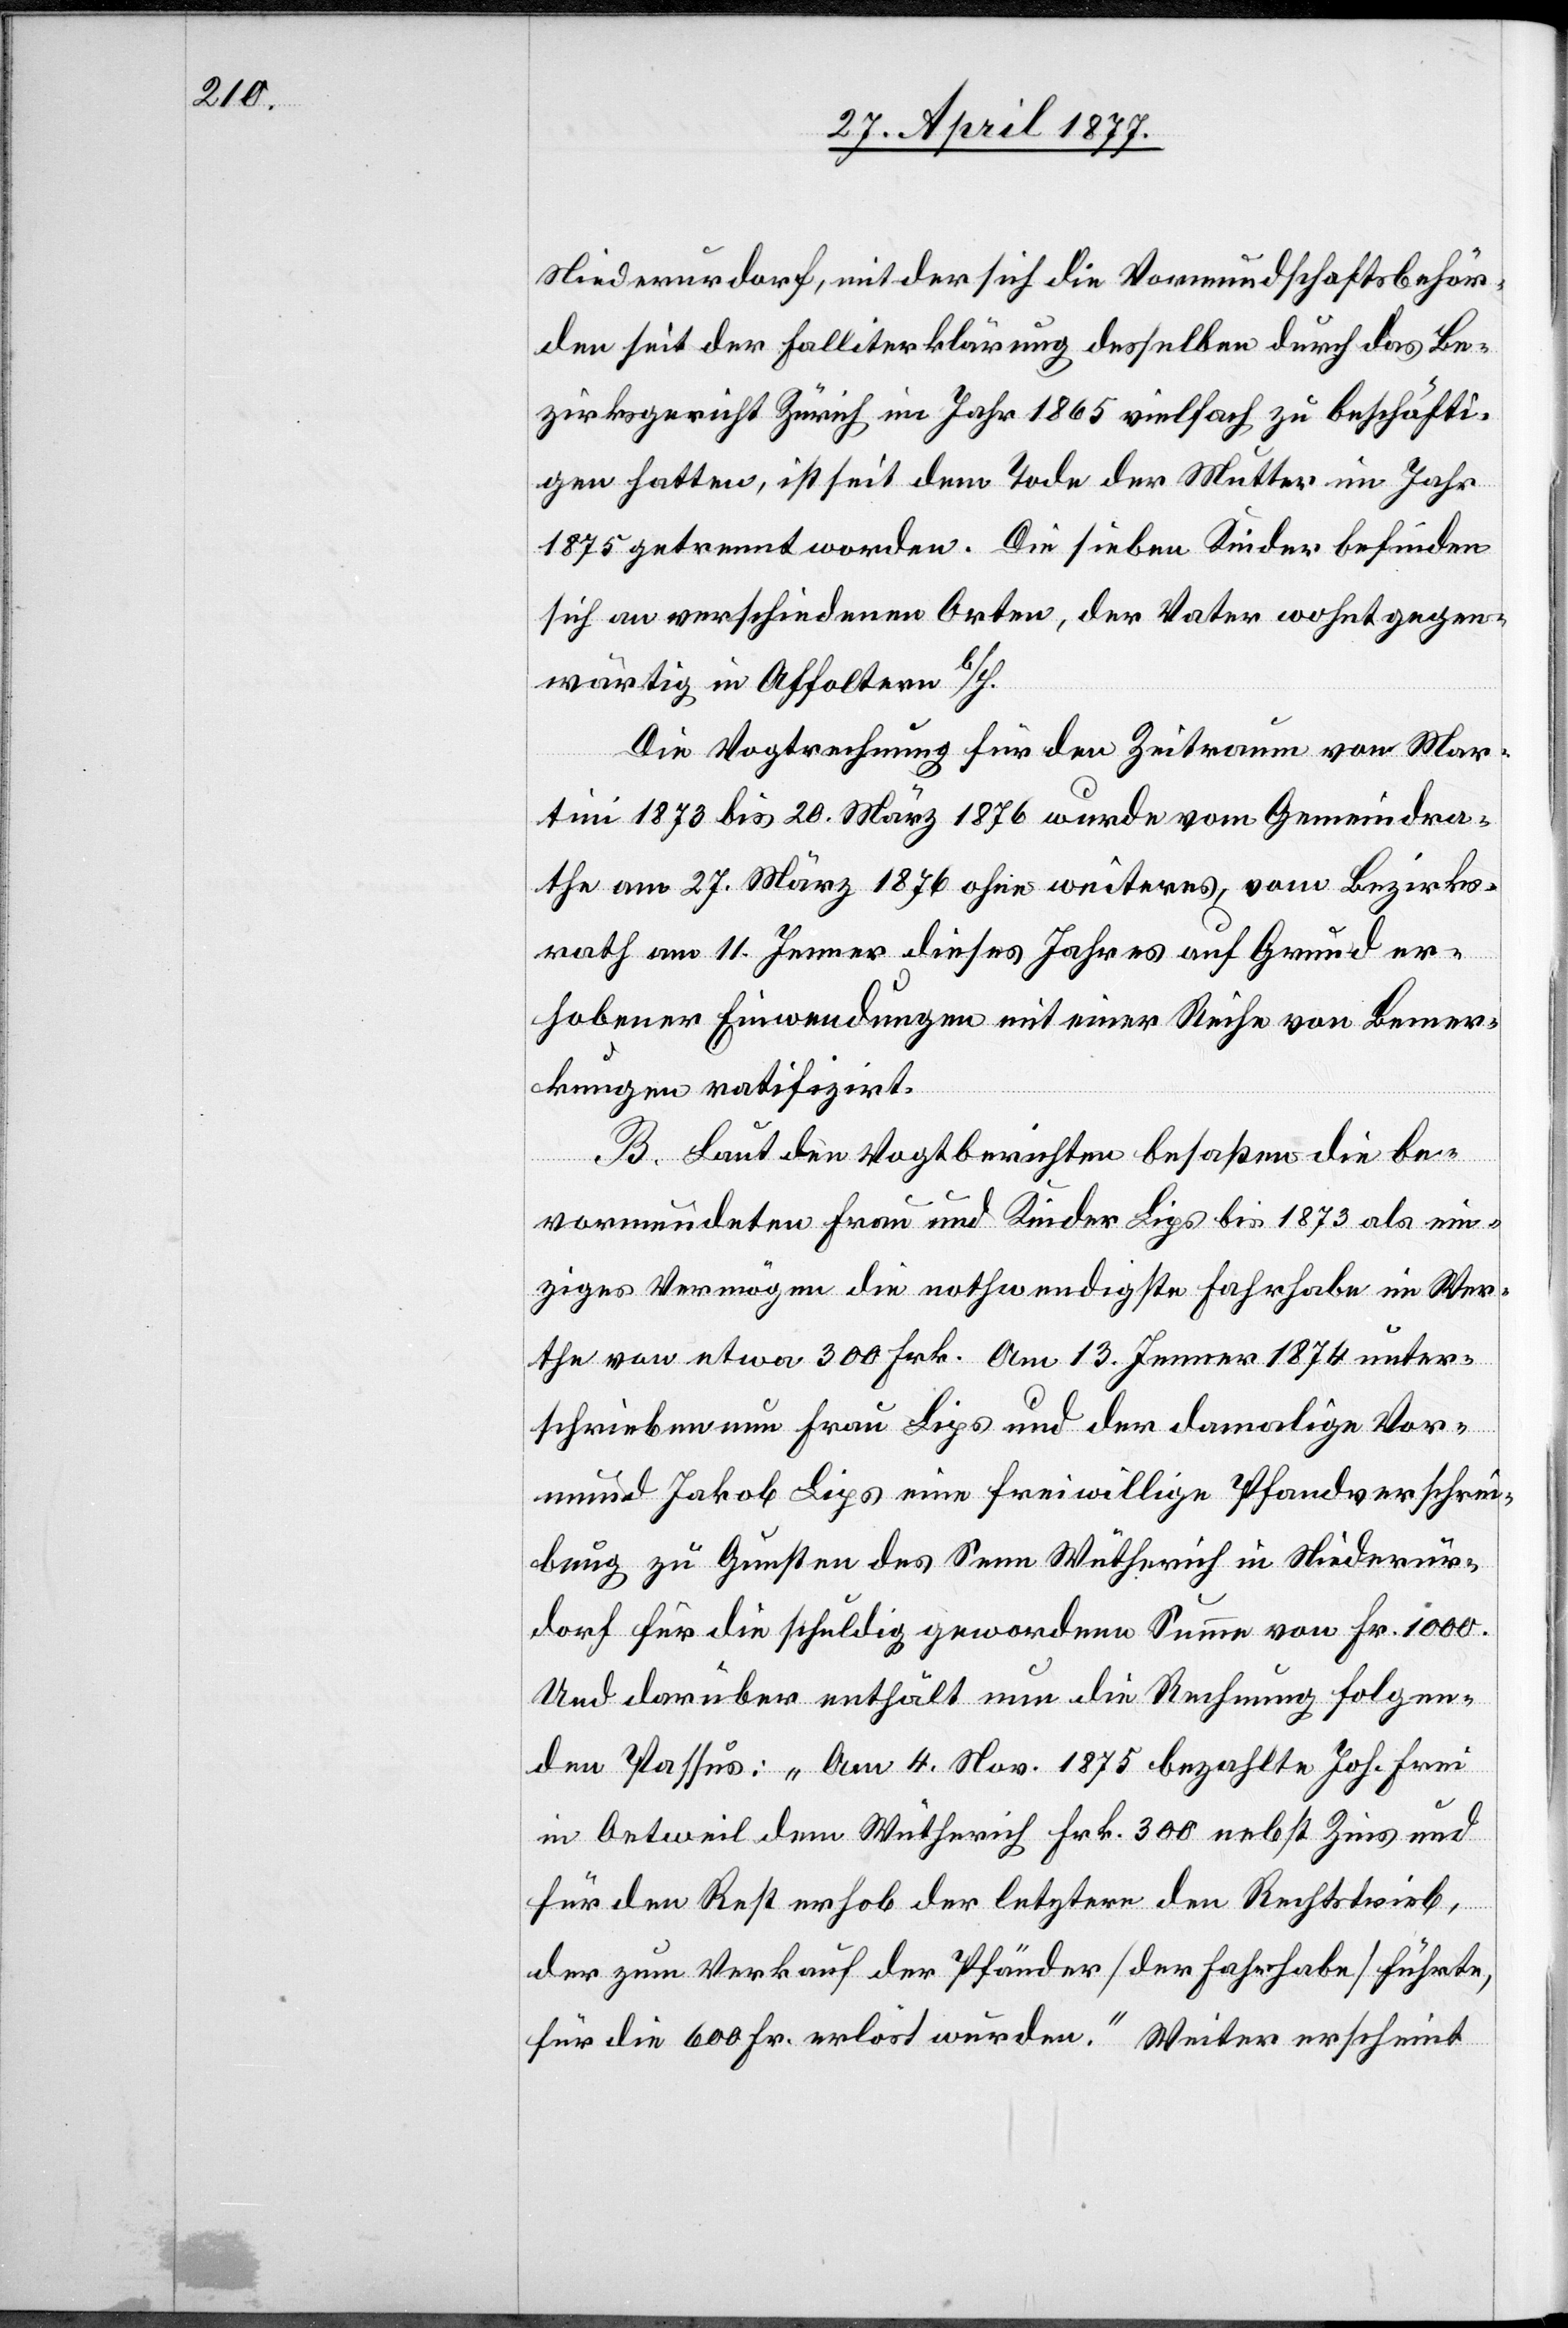
Niederurdorf, mit der sich die Vormundschaftsbehör¬
den seit der Falliterklärung desselben durch das Be¬
zirksgericht Zürich im Jahr 1865 vielfach zu beschäfti¬
gen hatten, ist seit dem Tode der Mutter im Jahr
1875 getrennt worden. Die sieben Kinder befinden
sich an verschiedenen Orten, der Vater wohnt gegen¬
wärtig in Affoltern b/H.
Die Vogtrechnung für den Zeitraum von Mar¬
tini 1873 bis 20. März 1876 wurde vom Gemeindra¬
the am 27. März 1876 ohne weiteres, vom Bezirks¬
rath am 11. Jenner dieses Jahres auf Grund er¬
hobener Einwendungen mit einer Reihe von Bemer¬
kungen ratifizirt.
B. Laut den Vogtberichten besaßen die be¬
vormundeten Frau und Kinder Lips bis 1873 als ein¬
ziges Vermögen die nothwendigste Fahrhabe im Wer¬
the von etwa 300 Frk. Am 13. Jenner 1874 unter¬
schrieben nun Frau Lips und der damalige Vor¬
mund Jakob Lips eine freiwillige Pfandverschrei¬
bung zu Gunsten des Senn Wütherich in Niederur¬
dorf für die schuldig gewordene Summe von Fr. 1000.
Und darüber enthält nun die Rechnung folgen¬
den Passus: „Am 4. Nov. 1875 bezahlte Joh. Frei
in Oetweil dem Wütherich Frk. 300 nebst Zins und
für den Rest erhob der letztere den Rechtstrieb,
der zum Verkauf der Pfänder [der Fahrhabe] führte,
für die 600 Fr. erlöst wurden.“ Weiter erscheint